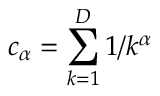
c _ { \alpha } = \sum _ { k = 1 } ^ { D } 1 / k ^ { \alpha }